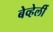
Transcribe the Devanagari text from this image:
बेव्हेर्ली